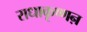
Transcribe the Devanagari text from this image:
राधाकृष्णऩ